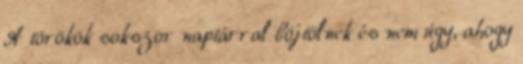
A törökök sokszor naptárral böjtölnek és nem úgy, ahogy